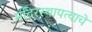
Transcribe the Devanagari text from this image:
मंदिरस्थापत्याचे